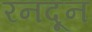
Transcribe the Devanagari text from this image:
रनदून